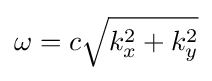
\omega =c{\sqrt {k_{x}^{2}+k_{y}^{2}}}